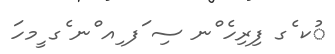
ުކ ެގ ފިރިހެ ްނ ސި ަފ ިއ ްނ ެގ ީމހަ